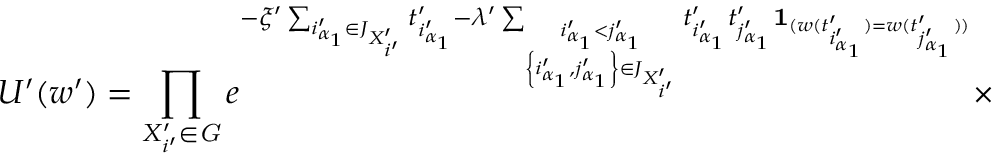
U ^ { \prime } ( w ^ { \prime } ) = \prod _ { X _ { i ^ { \prime } } ^ { \prime } \in { \it G } } e ^ { - \xi ^ { \prime } \sum _ { i _ { \alpha _ { 1 } } ^ { \prime } \in J _ { X _ { i ^ { \prime } } ^ { \prime } } } t _ { i _ { \alpha _ { 1 } } ^ { \prime } } ^ { \prime } - \lambda ^ { \prime } \sum _ { \stackrel { i _ { \alpha _ { 1 } } ^ { \prime } < j _ { \alpha _ { 1 } } ^ { \prime } } { \left\{ i _ { \alpha _ { 1 } } ^ { \prime } , j _ { \alpha _ { 1 } } ^ { \prime } \right\} \in J _ { X _ { i ^ { \prime } } ^ { \prime } } } } t _ { i _ { \alpha _ { 1 } } ^ { \prime } } ^ { \prime } t _ { j _ { \alpha _ { 1 } } ^ { \prime } } ^ { \prime } { \bf 1 } _ { ( w ( t _ { i _ { \alpha _ { 1 } } ^ { \prime } } ^ { \prime } ) = w ( t _ { j _ { \alpha _ { 1 } } ^ { \prime } } ^ { \prime } ) ) } } \times